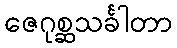
ဇေဂုစ္ဆသင်္ခါတာ